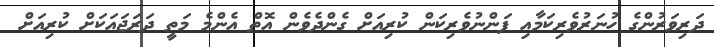
ދަރިވަރުންގެ ހުނަރުވެރިކަމާއި ފަންނުވެރިކަން ކުރިއަށް ގެންދެވެން އޮތް އެންމެ މަތީ ދަރަޖައަކަށް ކުރިއަށް